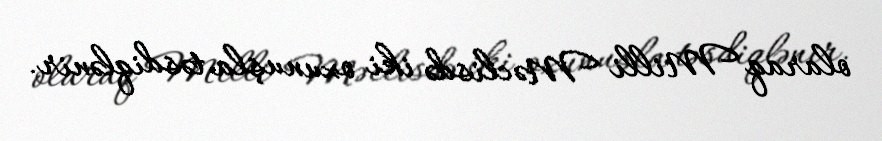
olaraq Milli Məclisdə iki oxunuşla təsdiqlənir.